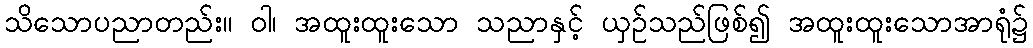
သိသောပညာတည်း။ ဝါ၊ အထူးထူးသော သညာနှင့် ယှဉ်သည်ဖြစ်၍ အထူးထူးသောအာရုံ၌